Annual report on the Civil Veterinary Department, Burma (including the Insein Veterinary School) - 1932-1941
Year: 1932
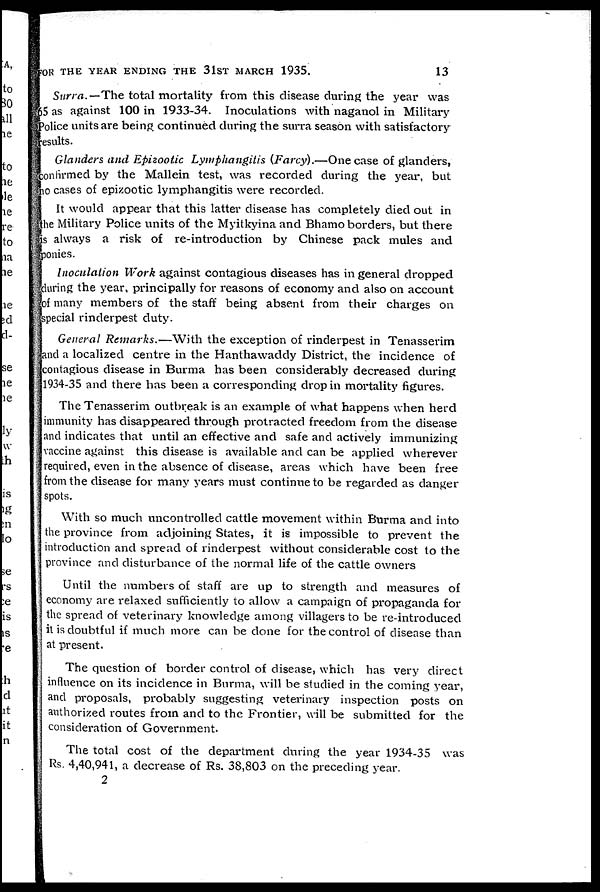
FOR THE YEAR ENDING THE 31ST MARCH 1935.
13
Surra.— The total mortality from this disease during the year was
65 as against 100 in 1933-34. Inoculations with naganol in Military
Police units are being continued during the surra season with satisfactory
results.
Glanders and Epizootic Lymphangitis (Farey).—One case of glanders,
confirmed by the Mallein test, was recorded during the year, but
no cases of epizootic lymphangitis were recorded.
It would appear that this latter disease has completely died out in
the Military Police units of the Myilkyina and Bhamo borders, but there
is always a risk of re-introduction by Chinese pack mules and
ponies.
Inoculation Work against contagious diseases has in general dropped
during the year, principally for reasons of economy and also on account
of many members of the staff being absent from their charges on
special rinderpest duty.
General Remarks.—With
the exception of rinderpest in Tenasserim
and a localized centre in the Hanthawaddy District, the incidence of
contagious disease in Burma has been considerably decreased during
1934-35 and there has been a corresponding drop in mortality figures.
The Tenasserim outbreak is an example of what happens when herd
immunity has disappeared through protracted freedom from the disease
and indicates that until an effective and safe and actively immunizing
vaccine against this disease is available and can be applied wherever
required, even in the absence of disease, areas which have been free
from the disease for many years must continue to be regarded as danger
spots.
With so much uncontrolled cattle movement within Burma and into
the province from adjoining States, it is impossible to prevent the
introduction and spread of rinderpest without considerable cost to the
province and disturbance of the normal life of the cattle owners
Until the numbers of staff are up to strength and measures of
economy are relaxed sufficiently to allow a campaign of propaganda for
the spread of veterinary knowledge among villagers to be re-introduced
it is doubtful if much more can be done for the control of disease than
at present.
The question of border control of disease, which has very direct
influence on its incidence in Burma, will be studied in the coming year,
and proposals, probably suggesting veterinary inspection posts on
authorized routes from and to the Frontier, will be submitted for the
consideration of Government.
The total cost of the department during the year 1934-35 was
Rs 4,40,941, a decrease of Rs. 38,803 on the preceding year.